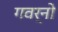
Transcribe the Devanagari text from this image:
गवर्नो